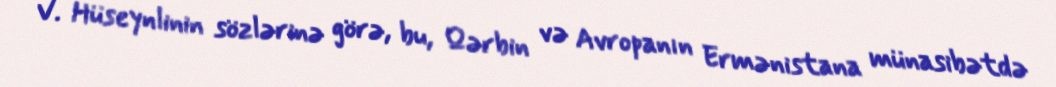
V. Hüseynlinin sözlərinə görə, bu, Qərbin və Avropanın Ermənistana münasibətdə